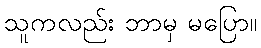
သူကလည်း ဘာမှ မပြော။